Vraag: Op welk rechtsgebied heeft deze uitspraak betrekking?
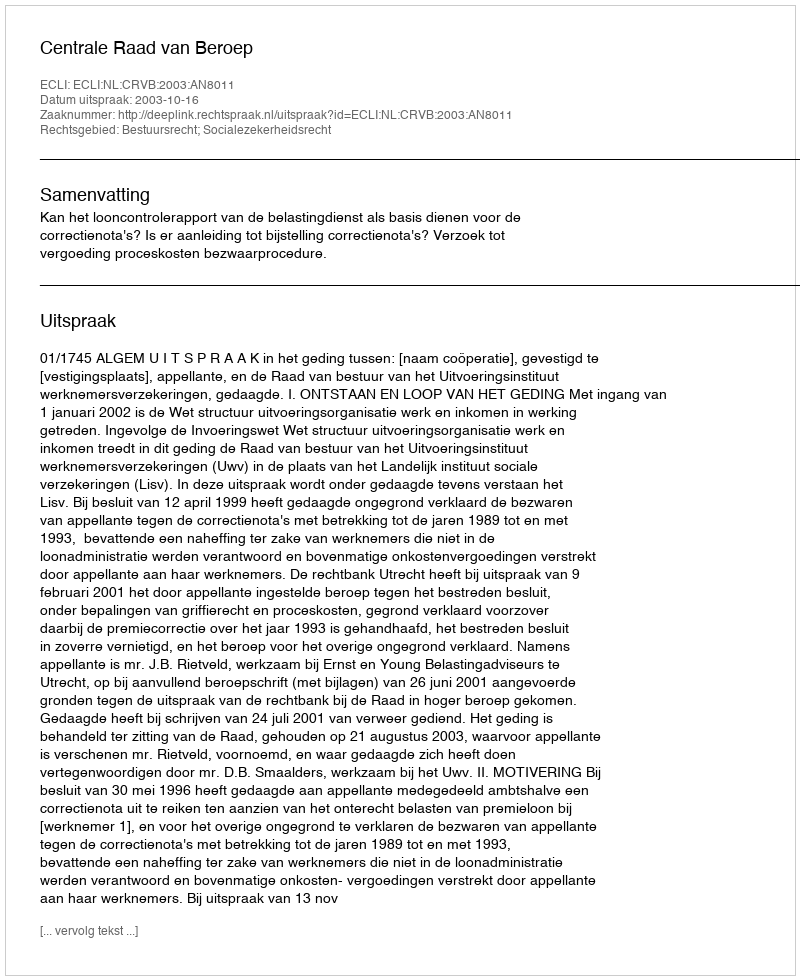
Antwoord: Bestuursrecht; Socialezekerheidsrecht